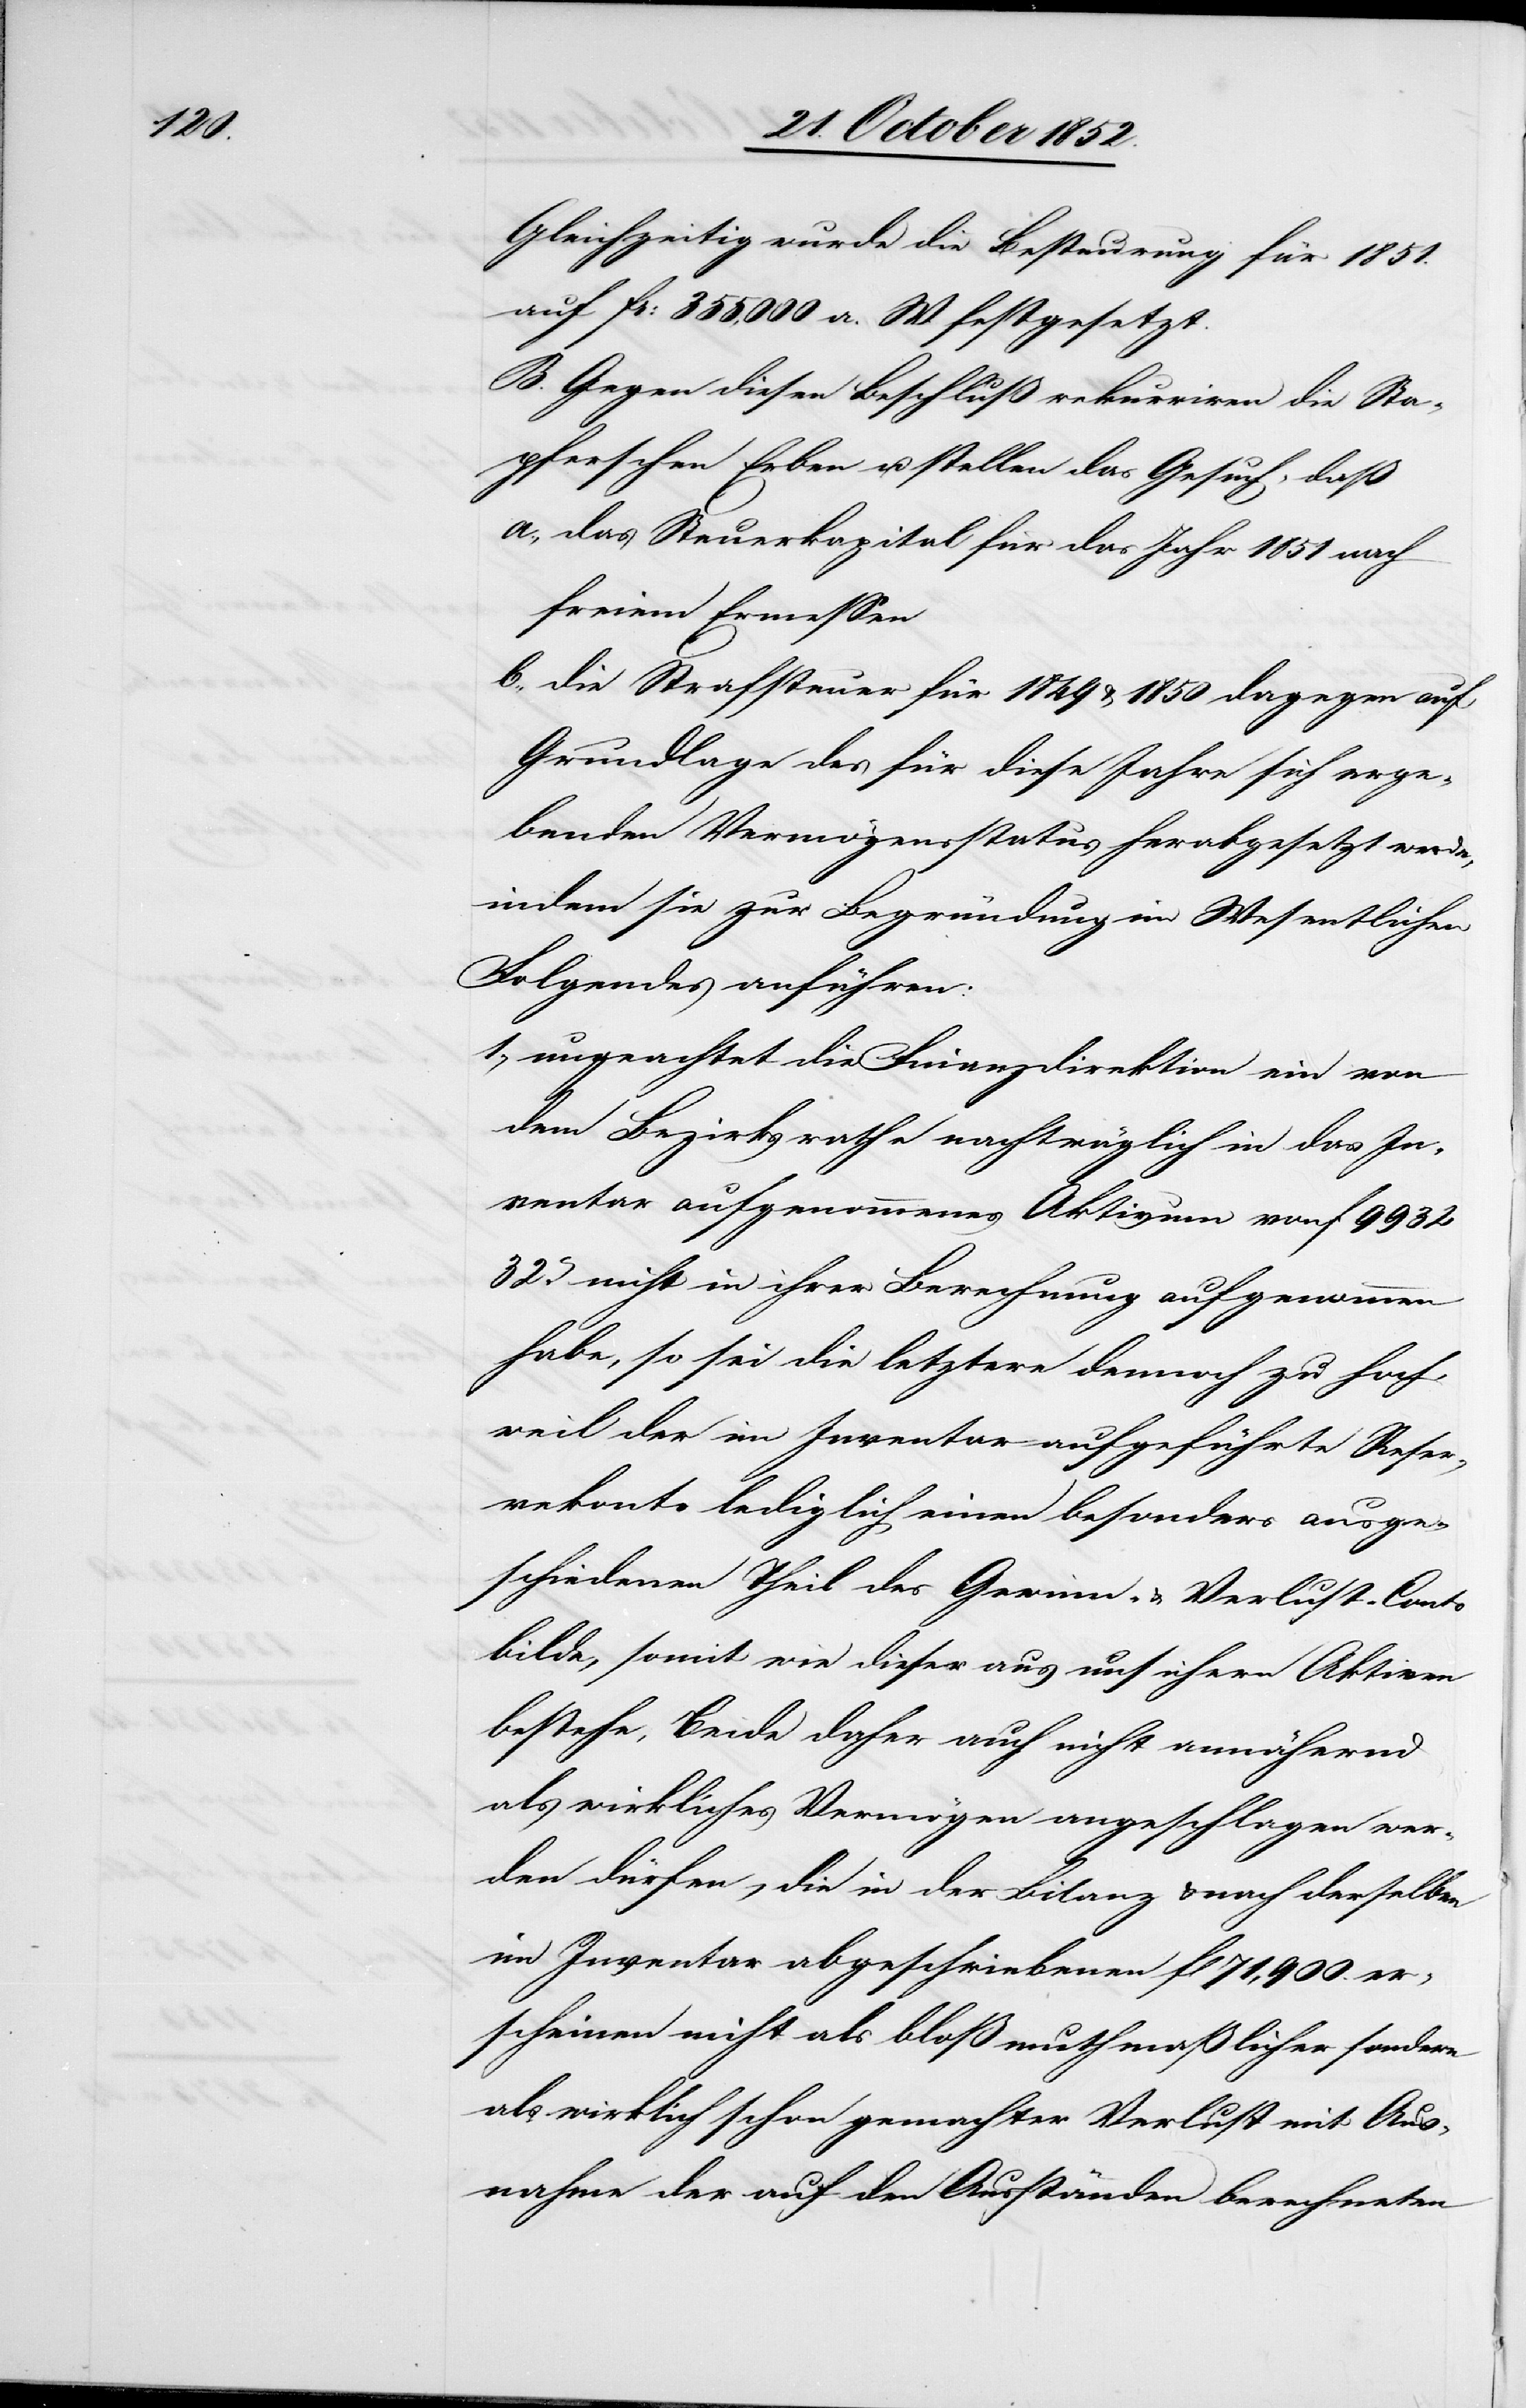
Gleichzeitig wurde die Besteurung für 1851.
auf Fr: 355,000 a. W. festgesetzt.
B. Gegen diesen Beschluß rekurriren die Sta¬
pferschen Erben u. stellen das Gesuch, daß
das Steuerkapital für das Jahr 1851 nach
freiem Ermessen
die Strafsteuer für 1849 & 1850 dagegen auf
Grundlage des für diese Jahre sich erge¬
benden Vermögensstatus herabgesetzt werde,
indem sie zur Begründung im Wesentlichen
Folgendes anführen:
1., ungeachtet die Finanzdirektion ein von
dem Bezirksrathe nachträglich in das In¬
ventar aufgenommenes Aktivum von f 9932
32c. nicht in ihrer Berechnung aufgenommen
habe, so sei die letztere dennoch zu hoch,
weil der im Inventar aufgeführte Rese¬
rvekonto lediglich einen besonders ausge¬
schiedenen Theil des Gewinn- & Verlust-Conto
bilde, somit wie dieser aus unsichern Aktiven
bestehe, Beide daher auch nicht annähernd
als wirkliches Vermögen angeschlagen wer¬
den dürfen, die in der Bilanz & nach derselben
im Inventar abgeschriebenen fl 71,900. er¬
scheinen nicht als bloß muthmaßlicher sondern
als wirklich schon gemachter Verlust mit Aus¬
nahme der auf den Ausständen berechneten